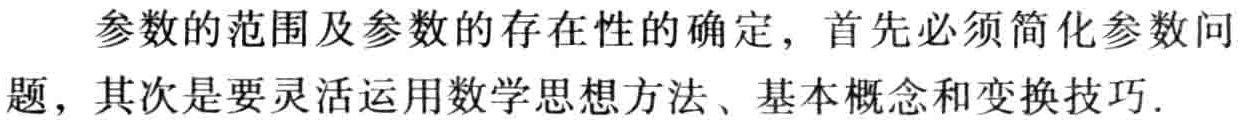
参数的范围及参数的存在性的确定，首先必须简化参数问题，其次是要灵活运用数学思想方法、基本概念和变换技巧.